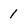
Character: 1